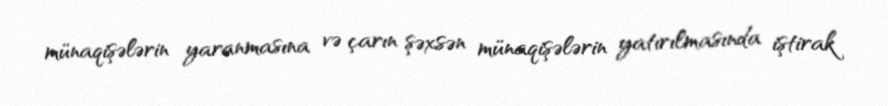
münaqişələrin yaranmasına və çarın şəxsən münaqişələrin yatırılmasında iştirak